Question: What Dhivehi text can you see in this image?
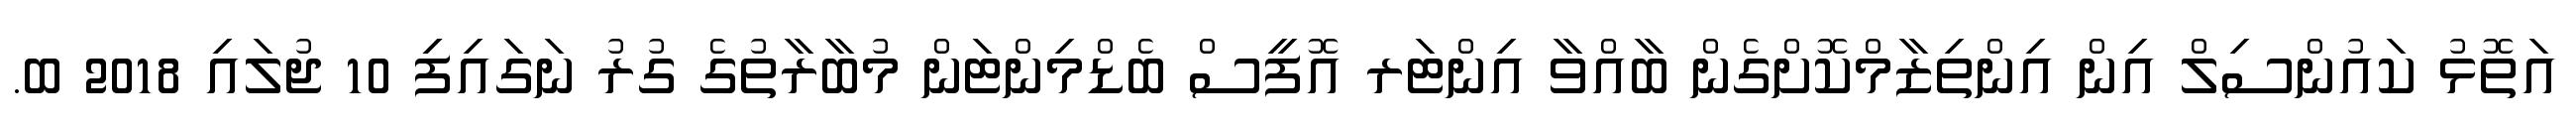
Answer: އަތޮޅު ކައުންސިލް އިން އިންތިޒާމްކޮށްގެން ބާއްވާ އިންޓަރ އޮފީސް ބެޑްމިންޓަން މުބާރާތުގެ ގުރު ނަގައިފިި 10 ޖުލައި 2018 ބ.